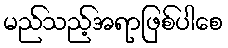
မည်သည့်အရာဖြစ်ပါစေ